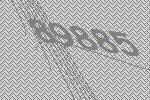
89885